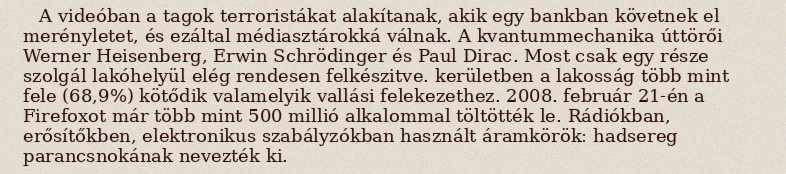
A videóban a tagok terroristákat alakítanak, akik egy bankban követnek el merényletet, és ezáltal médiasztárokká válnak. A kvantummechanika úttörői Werner Heisenberg, Erwin Schrödinger és Paul Dirac. Most csak egy része szolgál lakóhelyül elég rendesen felkészitve. kerületben a lakosság több mint fele (68,9%) kötődik valamelyik vallási felekezethez. 2008. február 21-én a Firefoxot már több mint 500 millió alkalommal töltötték le. Rádiókban, erősítőkben, elektronikus szabályzókban használt áramkörök: hadsereg parancsnokának nevezték ki.